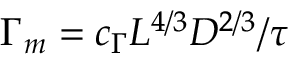
\Gamma _ { m } = c _ { \Gamma } L ^ { 4 / 3 } D ^ { 2 / 3 } / \tau